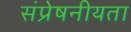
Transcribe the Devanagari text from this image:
संप्रेषनीयता